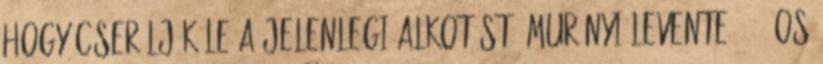
hogy cseréljék le a jelenlegi alkotást. Murányi Levente 1956-os